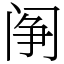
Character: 䦶